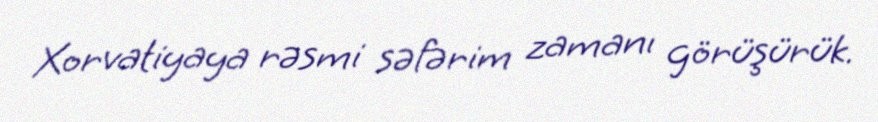
Xorvatiyaya rəsmi səfərim zamanı görüşürük.